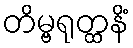
တိမ္ဗရုတ္ထနိံ